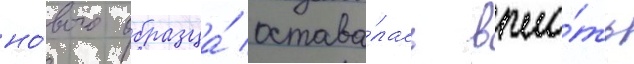
но́вого образца́ остава́лась впло́ть